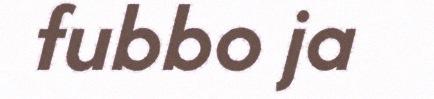
fubbo ja